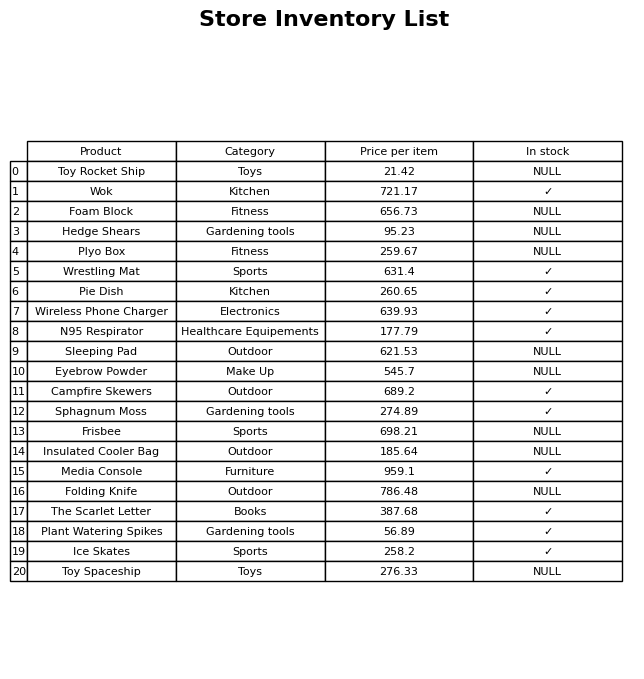
question: What is the price for The Scarlet Letter?
answer: The price of The Scarlet Letter is 387.68.